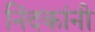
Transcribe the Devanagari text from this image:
निंदकांनी